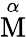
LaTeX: \stackrel{\alpha}{\mathrm{M}}